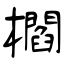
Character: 櫩